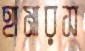
হামারস